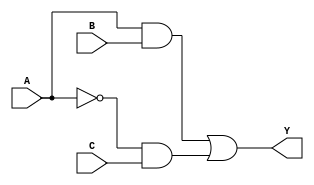
module comb_logic_block (
    input wire A,  // Input A
    input wire B,  // Input B
    input wire C,  // Input C
    output wire Y  // Output Y
);

// Internal signals for the intermediate products
wire A_and_B;
wire A_not_and_C;

// AND gate for A and B
assign A_and_B = A & B;

// NOT gate for A
wire A_not;
assign A_not = ~A;

// AND gate for A' and C
assign A_not_and_C = A_not & C;

// OR gate for the final output
assign Y = A_and_B | A_not_and_C;

endmodule